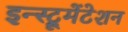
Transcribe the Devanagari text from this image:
इन्स्ट्रूमेंटेशन